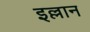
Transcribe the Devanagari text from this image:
इल्लान